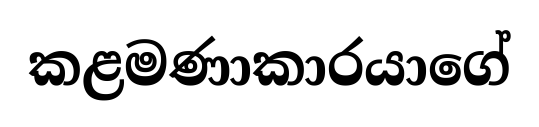
කළමණාකාරයාගේ